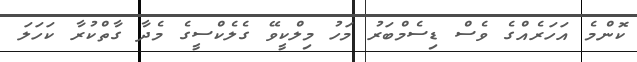
ކޮންމެ އަހަރެއްގެ ވެސް ޑިސެމްބަރު މަހު މިލްކީވޭ ގެލެކްސީގެ މެދާ ގާތްކުރާ ކަހަލަ